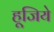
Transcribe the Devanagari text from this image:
हूजिये